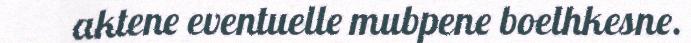
aktene eventuelle mubpene boelhkesne.